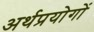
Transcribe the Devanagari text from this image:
अर्थप्रयोगों